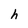
Character: h